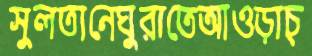
সুলতানেঘুরাতেআওড়াচ্